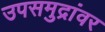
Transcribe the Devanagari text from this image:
उपसमुद्रांवर